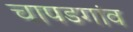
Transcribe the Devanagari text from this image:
चापडगांव